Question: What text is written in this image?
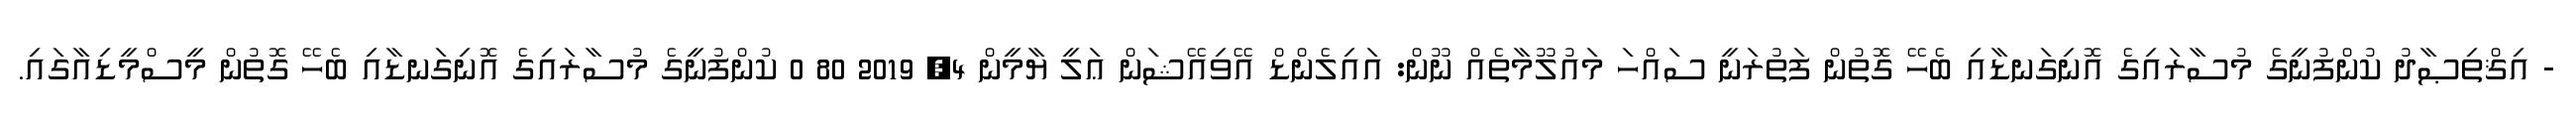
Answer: - އިޤްތިޞާދު ކުންފުނީގެ މުސާރައިގެ އޮނިގަނޑާއި ބެހޭ ގޮތުން ފަތުރަނީ ސައްހަ މައުލޫމާތެއް ނޫން: އައިލެންޑް އޭވިއޭޝަން ޢަލީ ޔާމީން 4, 2019 80 0 ކުންފުނީގެ މުސާރައިގެ އޮނިގަނޑާއި ބެހޭ ގޮތުން މީސްމީޑިއާގައި.